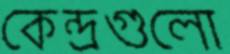
কেন্দ্রগুলো